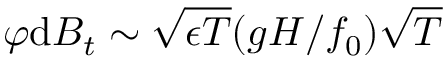
\varphi \mathrm { d } B _ { t } \sim \sqrt { \epsilon T } ( g H / f _ { 0 } ) \sqrt { T }